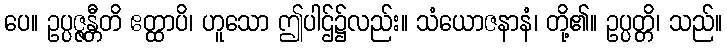
ပေ။ ဥပ္ပဇ္ဇန္တီတိ ဧတ္ထာပိ၊ ဟူသော ဤပါဌ်၌လည်း။ သံယောဇနာနံ၊ တို့၏။ ဥပ္ပတ္တိ၊ သည်။